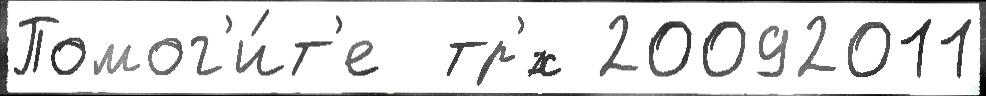
Помог'и́т'е  тр'́х 20092011